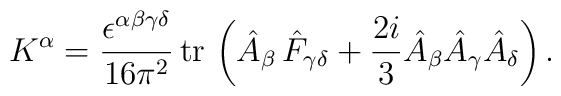
K^\alpha =\frac{\epsilon ^{\alpha \beta \gamma \delta }}{16\pi ^2}\,{\rm tr\,}\left( \hat{A}_\beta \,\hat{F}_{\gamma \delta }+\frac{2i}3\hat{A}_\beta \hat{A}_\gamma \hat{A}_\delta \right) .